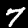
Digit: 7